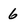
Character: 6